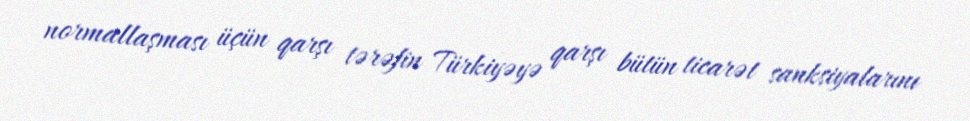
normallaşması üçün qarşı tərəfin Türkiyəyə qarşı bütün ticarət sanksiyalarını